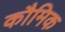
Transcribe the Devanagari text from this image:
कौमिक